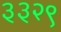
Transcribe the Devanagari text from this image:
३३२९